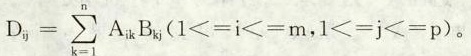
$$D _ { i j } = \sum _ { k = 1 } ^ { n } A _ { i k } B _ { k j } $$ ($$1 < = i < = m$$ ， $$1 < = j < = p$$)。